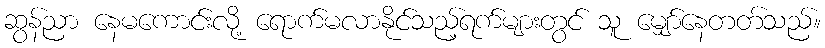
ဆွန်ညာ နေမကောင်းလို့ ရောက်မလာနိုင်သည့်ရက်များတွင် သူ မျှော်နေတတ်သည်။